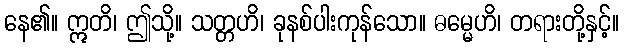
နေ၏။ ဣတိ၊ ဤသို့။ သတ္တဟိ၊ ခုနစ်ပါးကုန်သော။ ဓမ္မေဟိ၊ တရားတို့နှင့်။